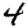
Digit: 4